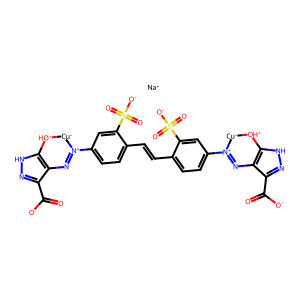
SMILES: O=C([O-])c1n[nH]c2c1N=[N+](c1ccc(C=Cc3ccc([N+]4=Nc5c(C(=O)[O-])n[nH]c5[OH+][Cu-]4)cc3S(=O)(=O)[O-])c(S(=O)(=O)[O-])c1)[Cu-][OH+]2.[Na+]
Inhibits HIV replication: No